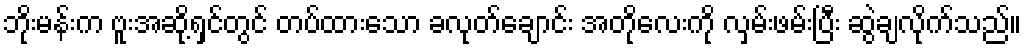
ဘိုးမန်းက ဗူးအဆို့ရှင်တွင် တပ်ထားသော ခလုတ်ချောင်း အတိုလေးကို လှမ်းဖမ်းပြီး ဆွဲချလိုက်သည်။